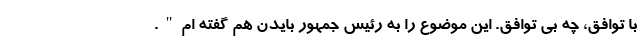
با توافق، چه بی توافق. این موضوع را به رئیس جمهور بایدن هم گفته ام".